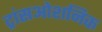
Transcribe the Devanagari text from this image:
ट्रांसओशनिक